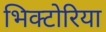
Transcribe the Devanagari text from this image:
भिक्टोरिया